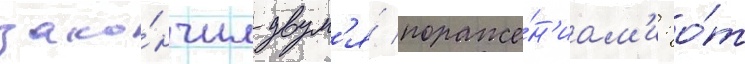
зако́нчил двум'я́ пораже́н'иам'и: о́т